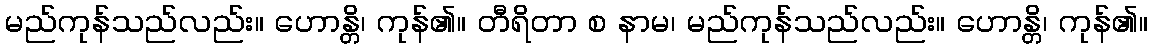
မည်ကုန်သည်လည်း။ ဟောန္တိ၊ ကုန်၏။ တီရိတာ စ နာမ၊ မည်ကုန်သည်လည်း။ ဟောန္တိ၊ ကုန်၏။